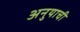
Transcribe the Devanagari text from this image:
अनुयाची